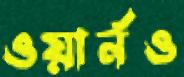
ওয়ার্নও